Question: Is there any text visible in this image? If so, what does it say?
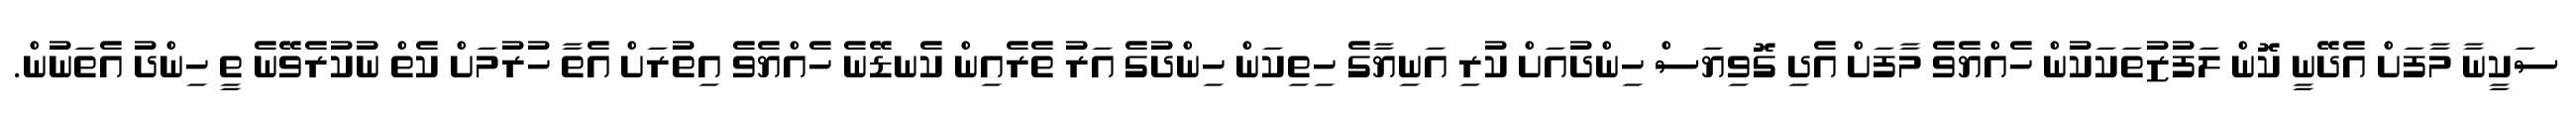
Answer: ސަކީނާ މާފަށް އެދޭނީ ކޮން ލަފުޒުތަކަކުން ހެއްޔެވެ މާފަށް އެދި ގޮވިޔަސް ހިންދުއަށް ކުރި އަނިޔާގެ ހިތިކަން ހިންދުގެ އަރު ތެރެއިން ކެނޑޭނެ ހެއްޔެވެ އިތުރަށް އެތާ ހުރުމަށް ކެތް ނުކުރެވޭނެ ތީ ހިންދު އެތަނުން.